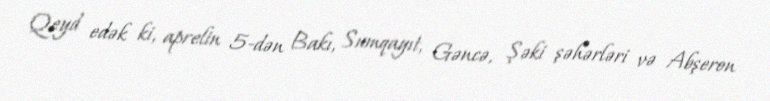
Qeyd edək ki, aprelin 5-dən Bakı, Sumqayıt, Gəncə, Şəki şəhərləri və Abşeron